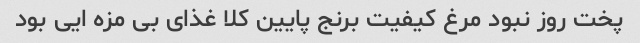
پخت روز نبود مرغ کیفیت برنج پایین کلا غذای بی مزه ایی بود